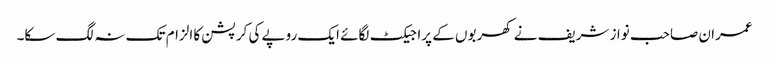
عمران صاحب نواز شریف نے کھربوں کے پراجیکٹ لگائے ایک روپے کی کرپشن کا الزام تک نہ لگ سکا۔